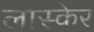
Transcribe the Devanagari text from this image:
लास्केर